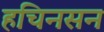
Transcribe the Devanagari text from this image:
हचिनसन